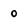
Character: o